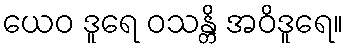
ယေဝ ဒူရေ ဝသန္တိ အဝိဒူရေ။